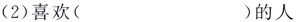
(2)喜欢( )的人